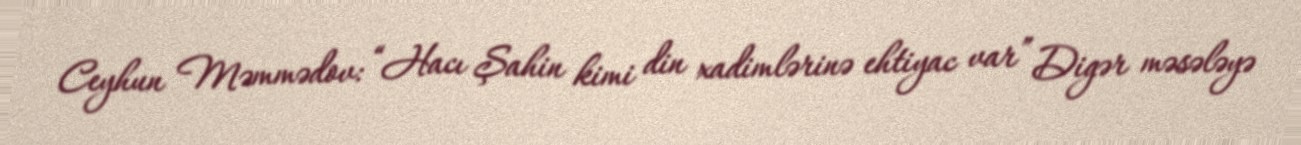
Ceyhun Məmmədov: “Hacı Şahin kimi din xadimlərinə ehtiyac var” Digər məsələyə